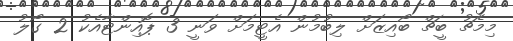
މިމެޗު ބީޗް ބޯއިޒަށް ލިބުމުން އެޓީމަށް ވަނީ 3 ޕޮއިންޓާއެކު 2 ގޯލު